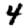
Digit: 4